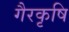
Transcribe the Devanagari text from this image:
गैरकृषि